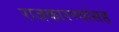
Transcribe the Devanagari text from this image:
राजकारण्यांसह